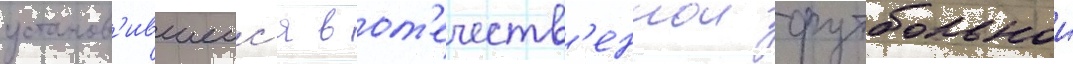
установ'ившеис'я в от'ечеств'еннои футбольнои